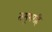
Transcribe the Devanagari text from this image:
तसूभरहि